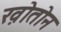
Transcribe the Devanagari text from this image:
ख़ोतोन